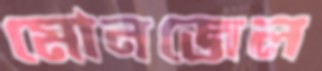
মোনজেল